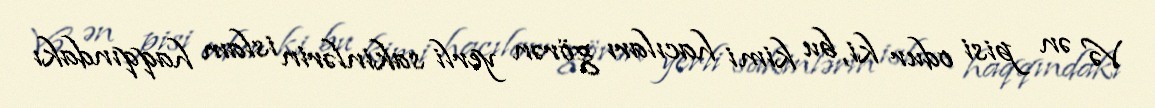
Və ən pisi odur ki, bu kimi hacıları görən yerli sakinlərin islam haqqındakı